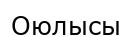
Оюлысы